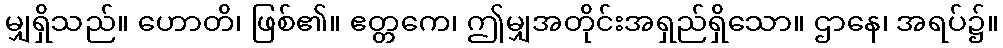
မျှရှိသည်။ ဟောတိ၊ ဖြစ်၏။ ဧတ္တကေ၊ ဤမျှအတိုင်းအရှည်ရှိသော။ ဌာနေ၊ အရပ်၌။